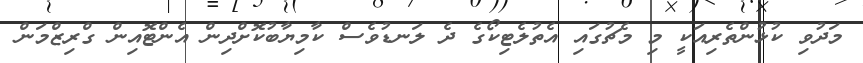
މަދުވި ކުޅުންތެރިއަކީ މި މެޗުގައި އެތުލެޓިކޯގެ ދެ ލަނޑުވެސް ކާމިޔާބުކޮށްދިން އެންޓޮއިން ގްރިޒްމަން